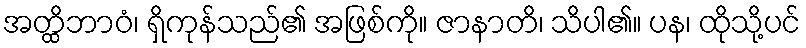
အတ္ထိဘာဝံ၊ ရှိကုန်သည်၏ အဖြစ်ကို။ ဇာနာတိ၊ သိပါ၏။ ပန၊ ထိုသို့ပင်